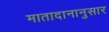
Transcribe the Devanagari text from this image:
मातादानानुसार